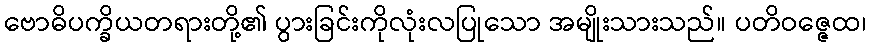
ဗောဓိပက္ခိယတရားတို့၏ ပွားခြင်းကိုလုံးလပြုသော အမျိုးသားသည်။ ပတိဝဇ္ဇေထ၊